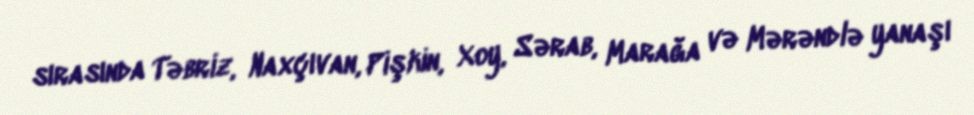
sırasında Təbriz, Naxçıvan, Pişkin, Xoy, Sərab, Marağa və Mərəndlə yanaşı